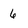
Character: 6